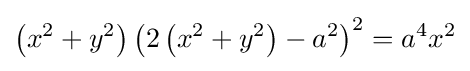
\left(x^{2}+y^{2}\right)\left(2\left(x^{2}+y^{2}\right)-a^{2}\right)^{2}=a^{4}x^{2}